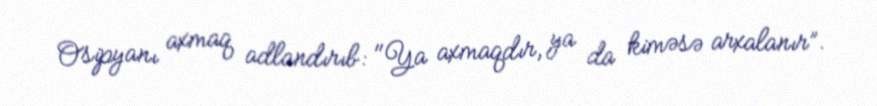
Osipyanı axmaq adlandırıb: "Ya axmaqdır, ya da kiməsə arxalanır”.